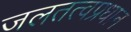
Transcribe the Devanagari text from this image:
जलतत्वप्रधान